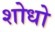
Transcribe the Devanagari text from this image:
शोधो